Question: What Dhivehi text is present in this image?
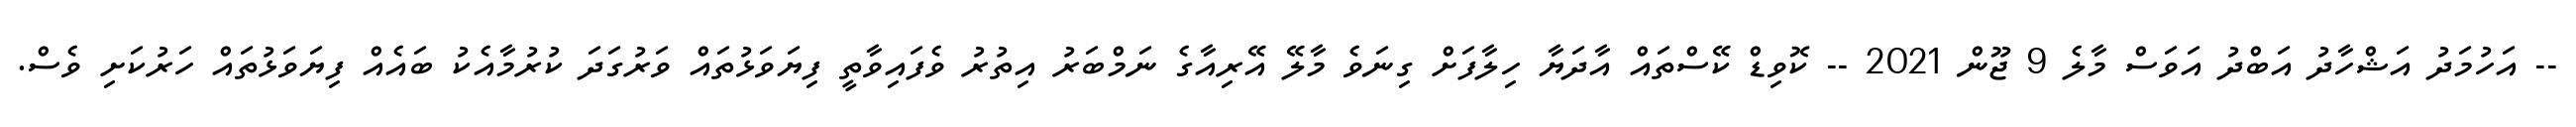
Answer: -- އަހުމަދު އަޝްހާދު އަބްދު އަވަސް މާލެ 9 ޖޫން 2021 -- ކޮވިޑް ކޭސްތައް އާދަޔާ ހިލާފަށް ގިނަވެ މާލޭ އޭރިއާގެ ނަމްބަރު އިތުރު ވެފައިވާތީ ފިޔަވަޅުތައް ވަރުގަދަ ކުރުމާއެކު ބައެއް ފިޔަވަޅުތައް ހަރުކަށި ވެސް.